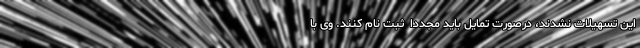
این تسهیلات نشدند، درصورت تمایل باید مجددا ً ثبت نام کنند. وی با